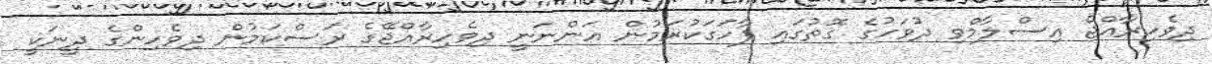
ދިވެހިރާއްޖެ އިސްލާމްވި ދުވަހުގެ ގޮތުގައި ފާހަގަކުރަމުން އަންނަނީ ދިވެހިރާއްޖޭގެ ރަސްކަމުން ދިވެހިންގެ ދީނަކީ